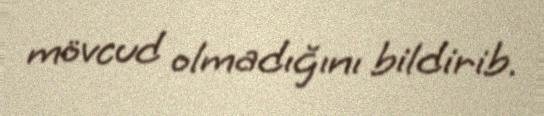
mövcud olmadığını bildirib.